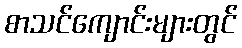
စာသင်ကျောင်းများတွင်